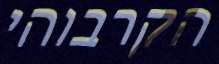
הקרבוהי